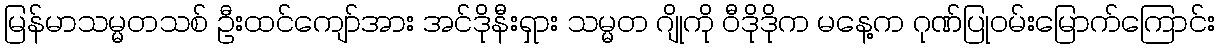
မြန်မာသမ္မတသစ် ဦးထင်ကျော်အား အင်ဒိုနီးရှား သမ္မတ ဂျိုကို ဝီဒိုဒိုက မနေ့က ဂုဏ်ပြုဝမ်းမြောက်ကြောင်း